Vaccination report Assam 1896-1927 - 1896-1927
Year: 1896
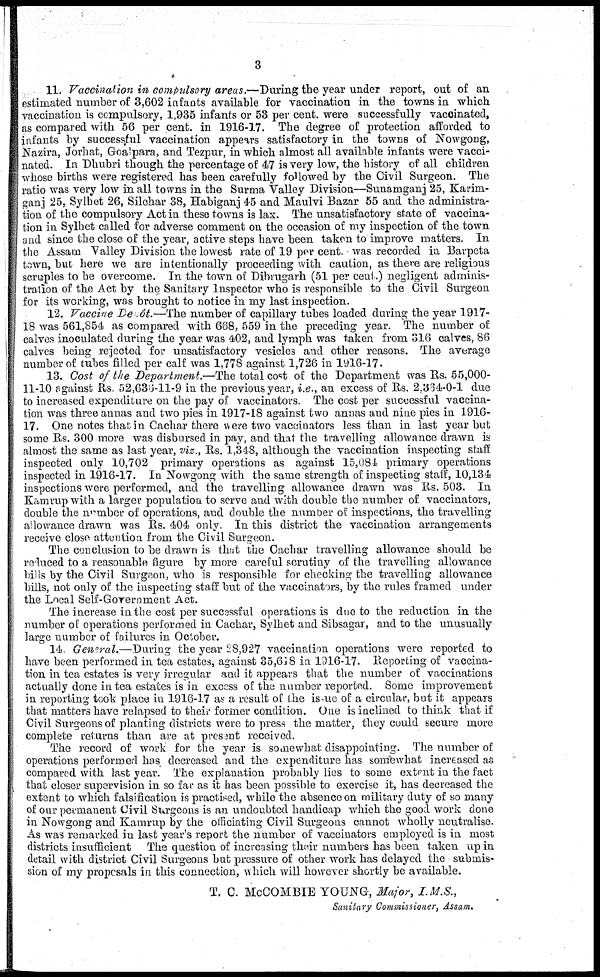
3
11. Vaccination in compulsory areas.—During the year under report, out of an
estimated number of 3,602 infants available for vaccination in the towns in which
vaccination is compulsory, 1,935 infants or 53 per cent. were successfully vaccinated,
as compared with 56 per cent. in 1916-17. The degree of protection afforded to
infants by successful vaccination appears satisfactory in the towns of Nowgong,
Nazira, Jorhat, Goalpara, and Tezpur, in which almost all available infants were vacci-
nated. In Dhubri though the percentage of 47 is very low, the history of all children
whose births were registered has been carefully followed by the Civil Surgeon. The
ratio was very low in all towns in the Surma Valley Division—Sunamganj 25, Karim-
ganj 25, Sylhet 26, Silchar 38, Habiganj 45 and Maulvi Bazar 55 and the administra-
tion of the compulsory Act in these towns is lax. The unsatisfactory state of vaccina-
tion in Sylhet called for adverse comment on the occasion of my inspection of the town
and since the close of the year, active steps have been taken to improve matters. In
the Assam Valley Division the lowest rate of 19 per cent. was recorded in Barpeta
town, but here we are intentionally proceeding with caution, as there are religious
scruples to be overcome. In the town of Dibrugarh (51 per cent.) negligent adminis-
tration of the Act by the Sanitary Inspector who is responsible to the Civil Surgeon
for its working, was brought to notice in my last inspection.
12. Vaccine Depôt.—The number of capillary tubes loaded during the year 1917-
18 was 561,854 as compared with 668, 559 in the preceding year. The number of
calves inoculated during the year was 402, and lymph was taken from 316 calves, 86
calves being rejected for unsatisfactory vesicles and other reasons. The average
number of tubes filled per calf was 1,778 against 1,726 in 1916-17.
13. Cost of the Department.—The total cost of the Department was Rs. 55,000-
11-10 against Rs. 52,636-11-9 in the previous year, i.e., an excess of Rs. 2,364-0-1 due
to increased expenditure on the pay of vaccinators. The cost per successful vaccina-
tion was three annas and two pies in 1917-18 against two annas and nine pies in 1916-
17. One notes that in Cachar there were two vaccinators less than in last year but
some Rs. 300 more was disbursed in pay, and that the travelling allowance drawn is
almost the same as last year, viz., Rs. 1,348, although the vaccination inspecting staff
inspected only 10,702 primary operations as against 15,084 primary operations
inspected in 1916-17. In Nowgong with the same strength of inspecting staff, 10,134
inspections were performed, and the travelling allowance drawn was Rs. 503. In
Kamrup with a larger population to serve and with double the number of vaccinators,
double the number of operations, and double the number of inspections, the travelling
allowance drawn was Rs. 404 only. In this district the vaccination arrangements
receive close attention from the Civil Surgeon.
The conclusion to be drawn is that the Cachar travelling allowance should be
reduced to a reasonable figure by more careful scrutiny of the travelling allowance
bills by the Civil Surgeon,who is responsible for checking the travelling allowance
bills, not only of the inspecting staff but of the vaccinators, by the rules framed under
the Local Self-Government Act.
The increase in the cost per successful operations is due to the reduction in the
number of operations performed in Cachar, Sylhet and Sibsagar, and to the unusually
large number of failures in October.
14. General.—During the year 28,927 vaccination operations were reported to
have been performed in tea estates, against 35,618 in 1916-17. Reporting of vaccina-
tion in tea estates is very irregular and it appears that the number of vaccinations
actually done in tea estates is in excess of the number reported. Some improvement
in reporting took place in 1916-17 as a result of the issue of a circular, but it appears
that matters have relapsed to their former condition. One is inclined to think that if
Civil Surgeons of planting districts were to press the matter, they could secure more
complete returns than are at present received.
The record of work for the year is somewhat disappointing. The number of
operations performed has decreased and the expenditure has somewhat increased as
compared with last year. The explanation probably lies to some extent in the fact
that closer supervision in so far as it has been possible to exercise it, has decreased the
extent to which falsification is practised, while the absence on military duty of so many
of our permanent Civil Surgeons is an undoubted handicap which the good work done
in Nowgong and Kamrup by the officiating Civil Surgeons cannot wholly neutralise.
As was remarked in last year's report the number of vaccinators employed is in most
districts insufficient The question of increasing their numbers has been taken up in
detail with district Civil Surgeons but pressure of other work has delayed the submis-
sion of my proposals in this connection, which will however shortly be available.
T. C. McCOMBIE YOUNG, Major, I. M.S.,
Sanitary Commissioner, Assam.